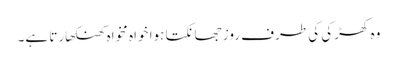
وہ کھڑکی کی طرف روز جھانکتا ہوا خواہ مخواہ کھنکھارتا ہے۔